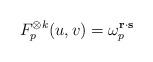
LaTeX: \begin{align*}F_p^{\otimes k}(u,v) = \omega_p^{\mathbf{r}\cdot \mathbf{s}}\end{align*}